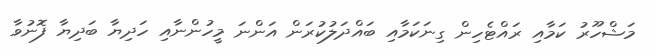
މަޝްހޫރު ކަމާއި ރައްޓެހިން ގިނަކަމާއި ބައްދަލުކުރަން އަންނަ މީހުންނާއި ހަދިޔާ ބަދިޔާ ފޮނުވާ